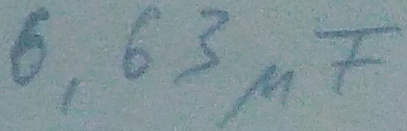
Text: 6,63µF